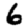
Digit: 6